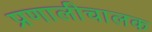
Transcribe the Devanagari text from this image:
प्रणालीचालक